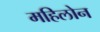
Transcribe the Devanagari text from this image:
महिलोन